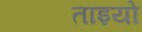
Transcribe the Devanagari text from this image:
ताइयो